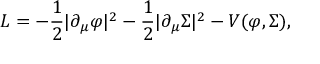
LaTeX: { \cal L } = - { \frac { 1 } { 2 } } | \partial _ { \mu } \varphi | ^ { 2 } - { \frac { 1 } { 2 } } | \partial _ { \mu } \Sigma | ^ { 2 } - V ( \varphi , \Sigma ) ,